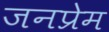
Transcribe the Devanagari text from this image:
जनप्रेम